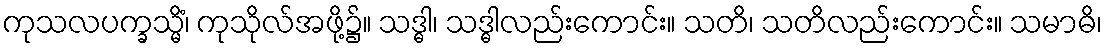
ကုသလပက္ခသ္မိံ၊ ကုသိုလ်အဖို့၌။ သဒ္ဓါ၊ သဒ္ဓါလည်းကောင်း။ သတိ၊ သတိလည်းကောင်း။ သမာဓိ၊